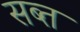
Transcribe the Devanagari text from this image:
सब्त